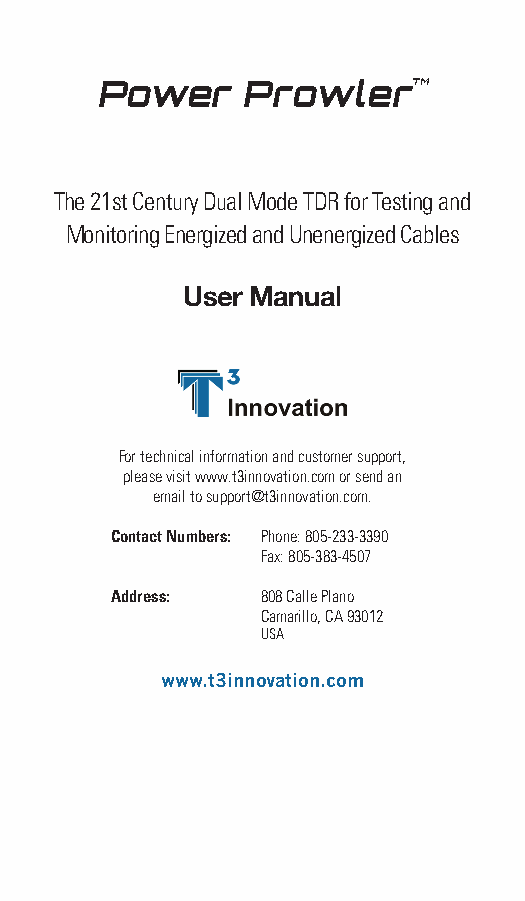
Power     ProwlerTM
 The 21st Century Dual Mode TDR for Testing and
 Monitoring Energized and Unenergized Cables
 User Manual
 For technical information and customer support,
 please visit www.t3innovation.com or send an
 email to support@t3innovation.com.
 Contact Numbers: Phone: 805-233-3390
 Fax: 805-383-4507
 Address:  808 Calle Plano
 Camarillo, CA 93012
 USA
 www.t3innovation.com